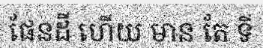
ផែនដី ហើយ មាន តែ ទី